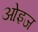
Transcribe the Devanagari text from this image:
ओइज